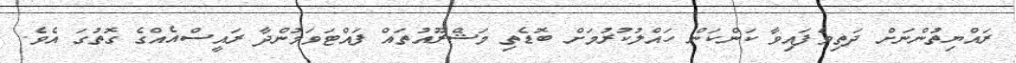
ރައްޔިތުންނަށް ދަތިވެފައިވާ ކަންކަން ހައްލުކުރުމަށް ބޮޑެތި މަޝްރޫއުތައް ފައްޓަވަމުންދާ ރައީސްއެއްގެ ގޮތުގަ އެވެ.